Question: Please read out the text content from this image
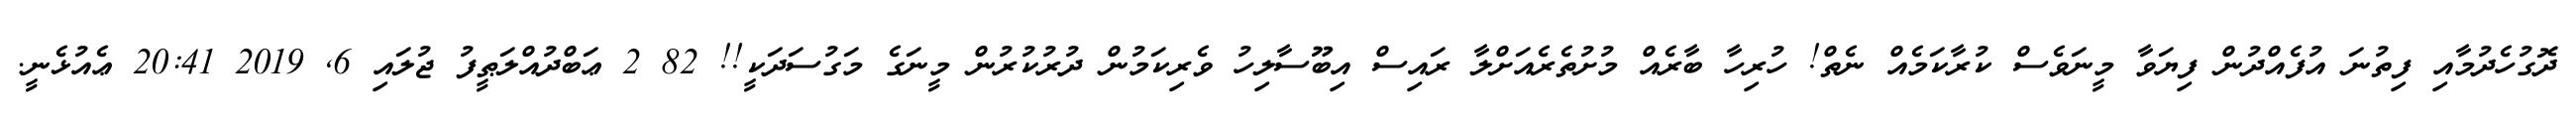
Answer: ދޮގުހެދުމާއި ފިތުނަ އުފެއްދުން ފިޔަވާ މީނަވެސް ކުރާކަމެއް ނެތް! ހުރިހާ ބާރެއް މުށުތެރެއަށްލާ ރައިސް އިބޫސާލިހު ވެރިކަމުން ދުރުކުރުން މީނަގެ މަގުސަދަކީ!! 82 2 ޢަބްދުއްލަޠީފު ޖުލައި 6, 2019 20:41 ޢެއުޅެނީ.